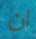
ان